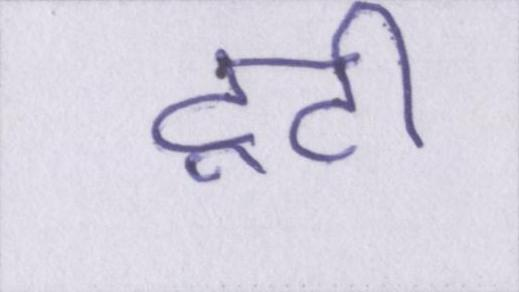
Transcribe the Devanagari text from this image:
टूटी